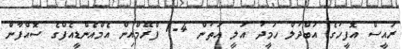
ރައީސް އޮފީހުގެ އަބްދުލް ހަމީދު އަލީ އަތުން 4-1 ފްރޭމްއިން އެމްއެންޑީއެފްގެ ސޮއްފާން